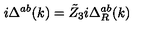
i \Delta ^ { a b } ( k ) = \tilde { Z } _ { 3 } i \Delta _ { R } ^ { a b } ( k )